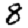
Digit: 8